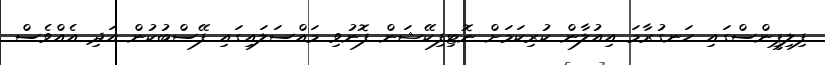
ފިލިޕީންސްގައި ހަނގުރާމަ އިއުލާން ކުރިކަމަށް ނޮޓިފިކޭޝަން ފޮނުވި މައްސަލައިގައި ފޭސްބުކުން އަދި އެއްވެސް